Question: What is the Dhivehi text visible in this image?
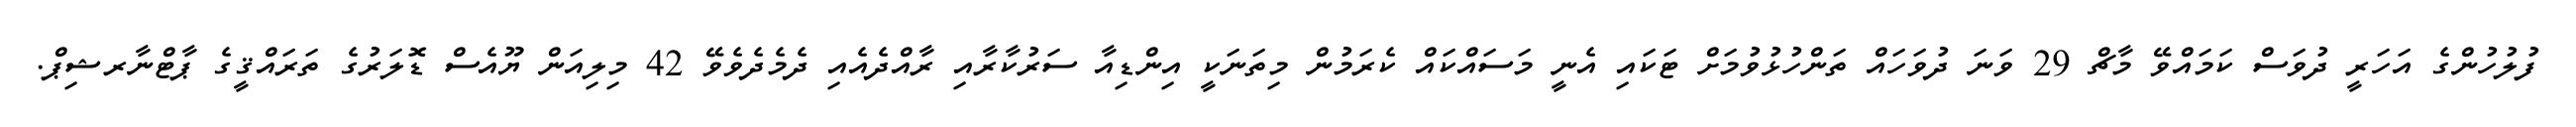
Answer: ފުލުހުންގެ އަހަރީ ދުވަސް ކަމައްވޭ މާޗް 29 ވަނަ ދުވަހައް ތަންހުޅުވުމަށް ޓަކައި އެނީ މަސައްކައް ކެރަމުން މިތަނަކީ އިންޑިއާ ސަރުކާރާއި ރާއްދެއެއި ދެމެދެވެވޭ 42 މިލިއަން ޔޫއެސް ޑޮލަރުގެ ތަރައްޤީގެ ޕާޓްނާރޝިޕް.